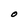
Character: O